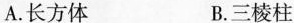
A.长方体 B.三棱柱